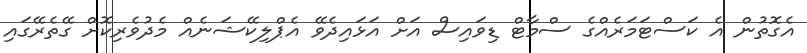
އެގޮތުން އެ ކަސްޓަމަރެއްގެ ސްމާޓް ޑިވައިސް އަށް އަޅައިދެވޭ އެޕްލިކޭޝަނެއް މެދުވެރިކޮށް ގޭތެރޭގައި